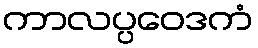
ကာလပ္ပဝေဒကံ